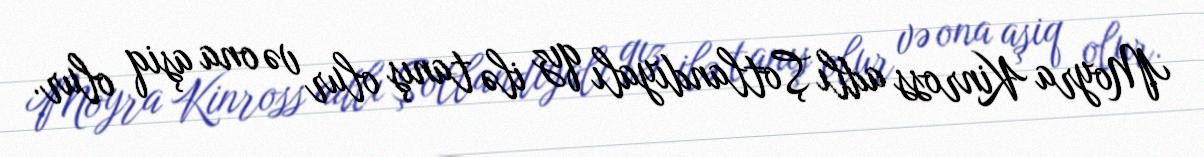
Moyra Kinross adlı Şotlandiyalı qız ilə tanış olur və ona aşiq olur.